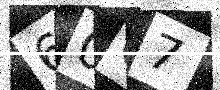
Text: 60C7